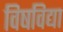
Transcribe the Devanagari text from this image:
विषविद्या